Indian journal of veterinary science and animal husbandry - Volumes 26-27, 1956-1957
Year: 1956
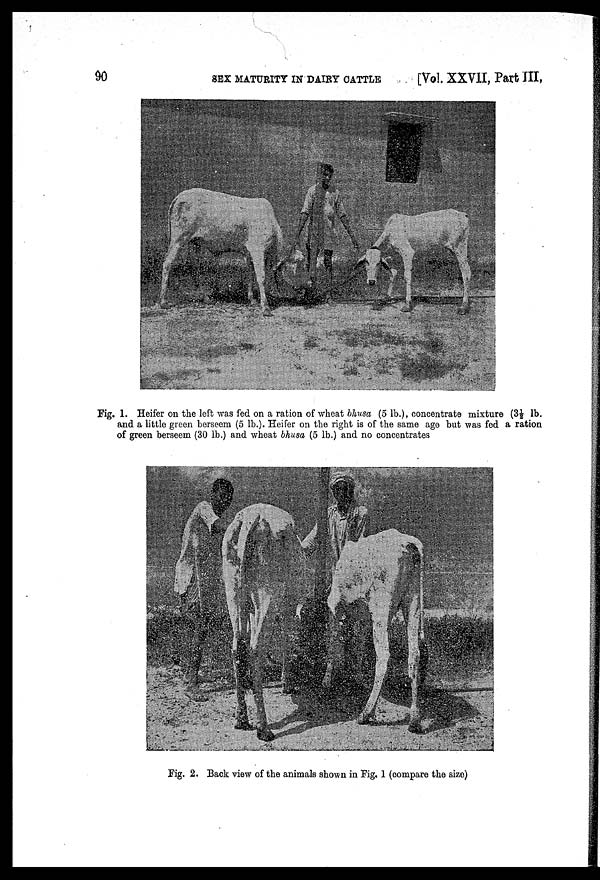
90
SEX MATURITY IN DAIRY
CATTLE
[VOL. XXVII, PART III,
Fig. 1. Heifer on the left was fed on a ration of wheat bhusa (5 lb.), concentrate mixture (3½ lb.
and a little green berseem (5 lb.). Heifer on the right is of the same age but was fed a ration
of green berseem (30 lb.) and wheat bhusa (5 lb.) and no concentrates
Fig. 2. Back view of the animals shown in Fig. 1 (compare the size)